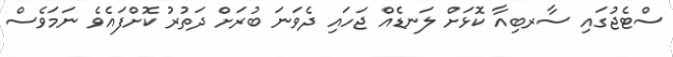
ސްޓެޖުގައި ސާރބިއާ ކޮޅަށް ލަނޑެއް ޖަހައި ދެވަނަ ބުރަށް ދަތުރު ކޮށްފައެވެ ނަމަވެސް